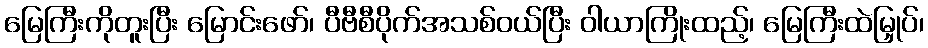
မြေကြီးကိုတူးပြီး မြောင်းဖော်၊ ပီဗီစီပိုက်အသစ်ဝယ်ပြီး ဝါယာကြိုးထည့်၊ မြေကြီးထဲမြှုပ်၊